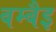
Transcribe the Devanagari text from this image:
बम्बैइ